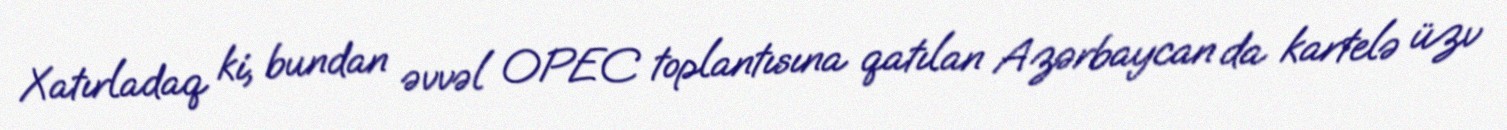
Xatırladaq ki, bundan əvvəl OPEC toplantısına qatılan Azərbaycan da kartelə üzv